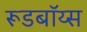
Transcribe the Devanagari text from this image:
रूडबॉय्स